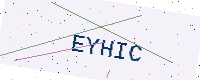
Text: EYHIC